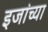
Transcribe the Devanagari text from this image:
इजांच्या